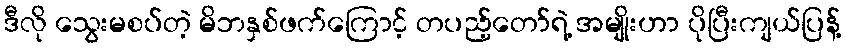
ဒီလို သွေးမစပ်တဲ့ မိဘနှစ်ဖက်ကြောင့် တပည့်တော်ရဲ့ အမျိုးဟာ ပိုပြီးကျယ်ပြန့်